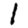
Digit: 1